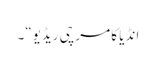
انڈیا کا مرچی ریڈیو“۔